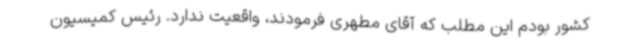
کشور بودم این مطلب که آقای مطهری فرمودند، واقعیت ندارد. رئیس کمیسیون